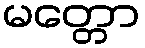
မတ္တော